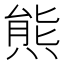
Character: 𱼑